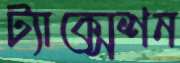
ট্যাক্সেশন